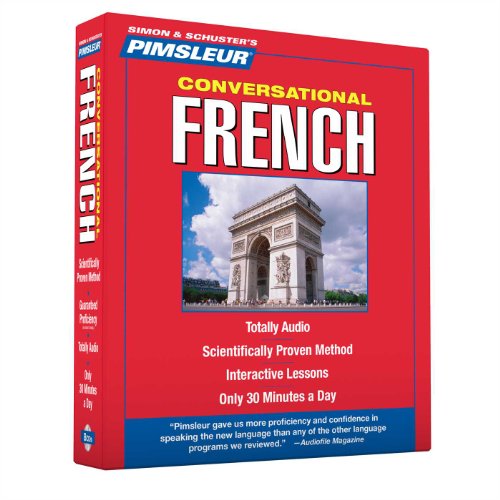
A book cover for Pimsleur French Conversational Course - Level 1 Lessons 1-16 CD: Learn to Speak and Understand French with Pimsleur Language Programs; Pimsleur; Reference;